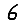
Digit: 6